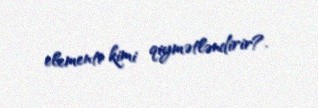
elementi kimi qiymətləndirir?.